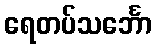
ရေတပ်သင်္ဘော